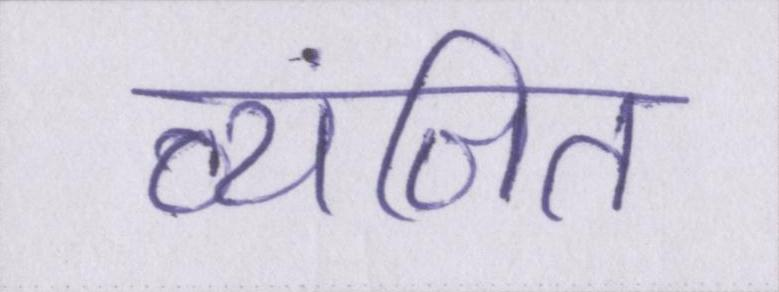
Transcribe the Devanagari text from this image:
व्यंजित